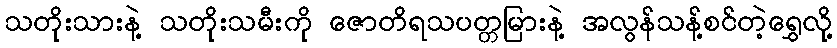
သတိုးသားနဲ့ သတိုးသမီးကို ဇောတိရသပတ္တမြားနဲ့ အလွန်သန့်စင်တဲ့ရွှေလို့